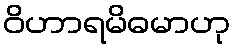
ဝိဟာရမိဓမာဟု